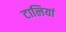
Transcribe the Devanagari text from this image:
टालियां